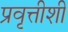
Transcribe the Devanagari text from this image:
प्रवृत्तीशी